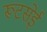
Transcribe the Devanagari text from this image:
रूटसेई